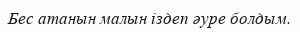
Бес атанын малын іздеп әуре болдым.